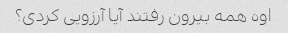
اوه همه بیرون رفتند آیا آرزویی کردی؟